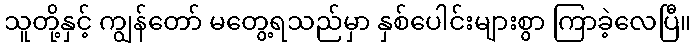
သူတို့နှင့် ကျွန်တော် မတွေ့ရသည်မှာ နှစ်ပေါင်းများစွာ ကြာခဲ့လေပြီ။